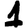
Digit: 1